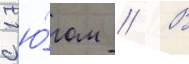
с ю́гом // В